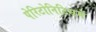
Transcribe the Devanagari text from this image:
पेरिटोनिटिसमें